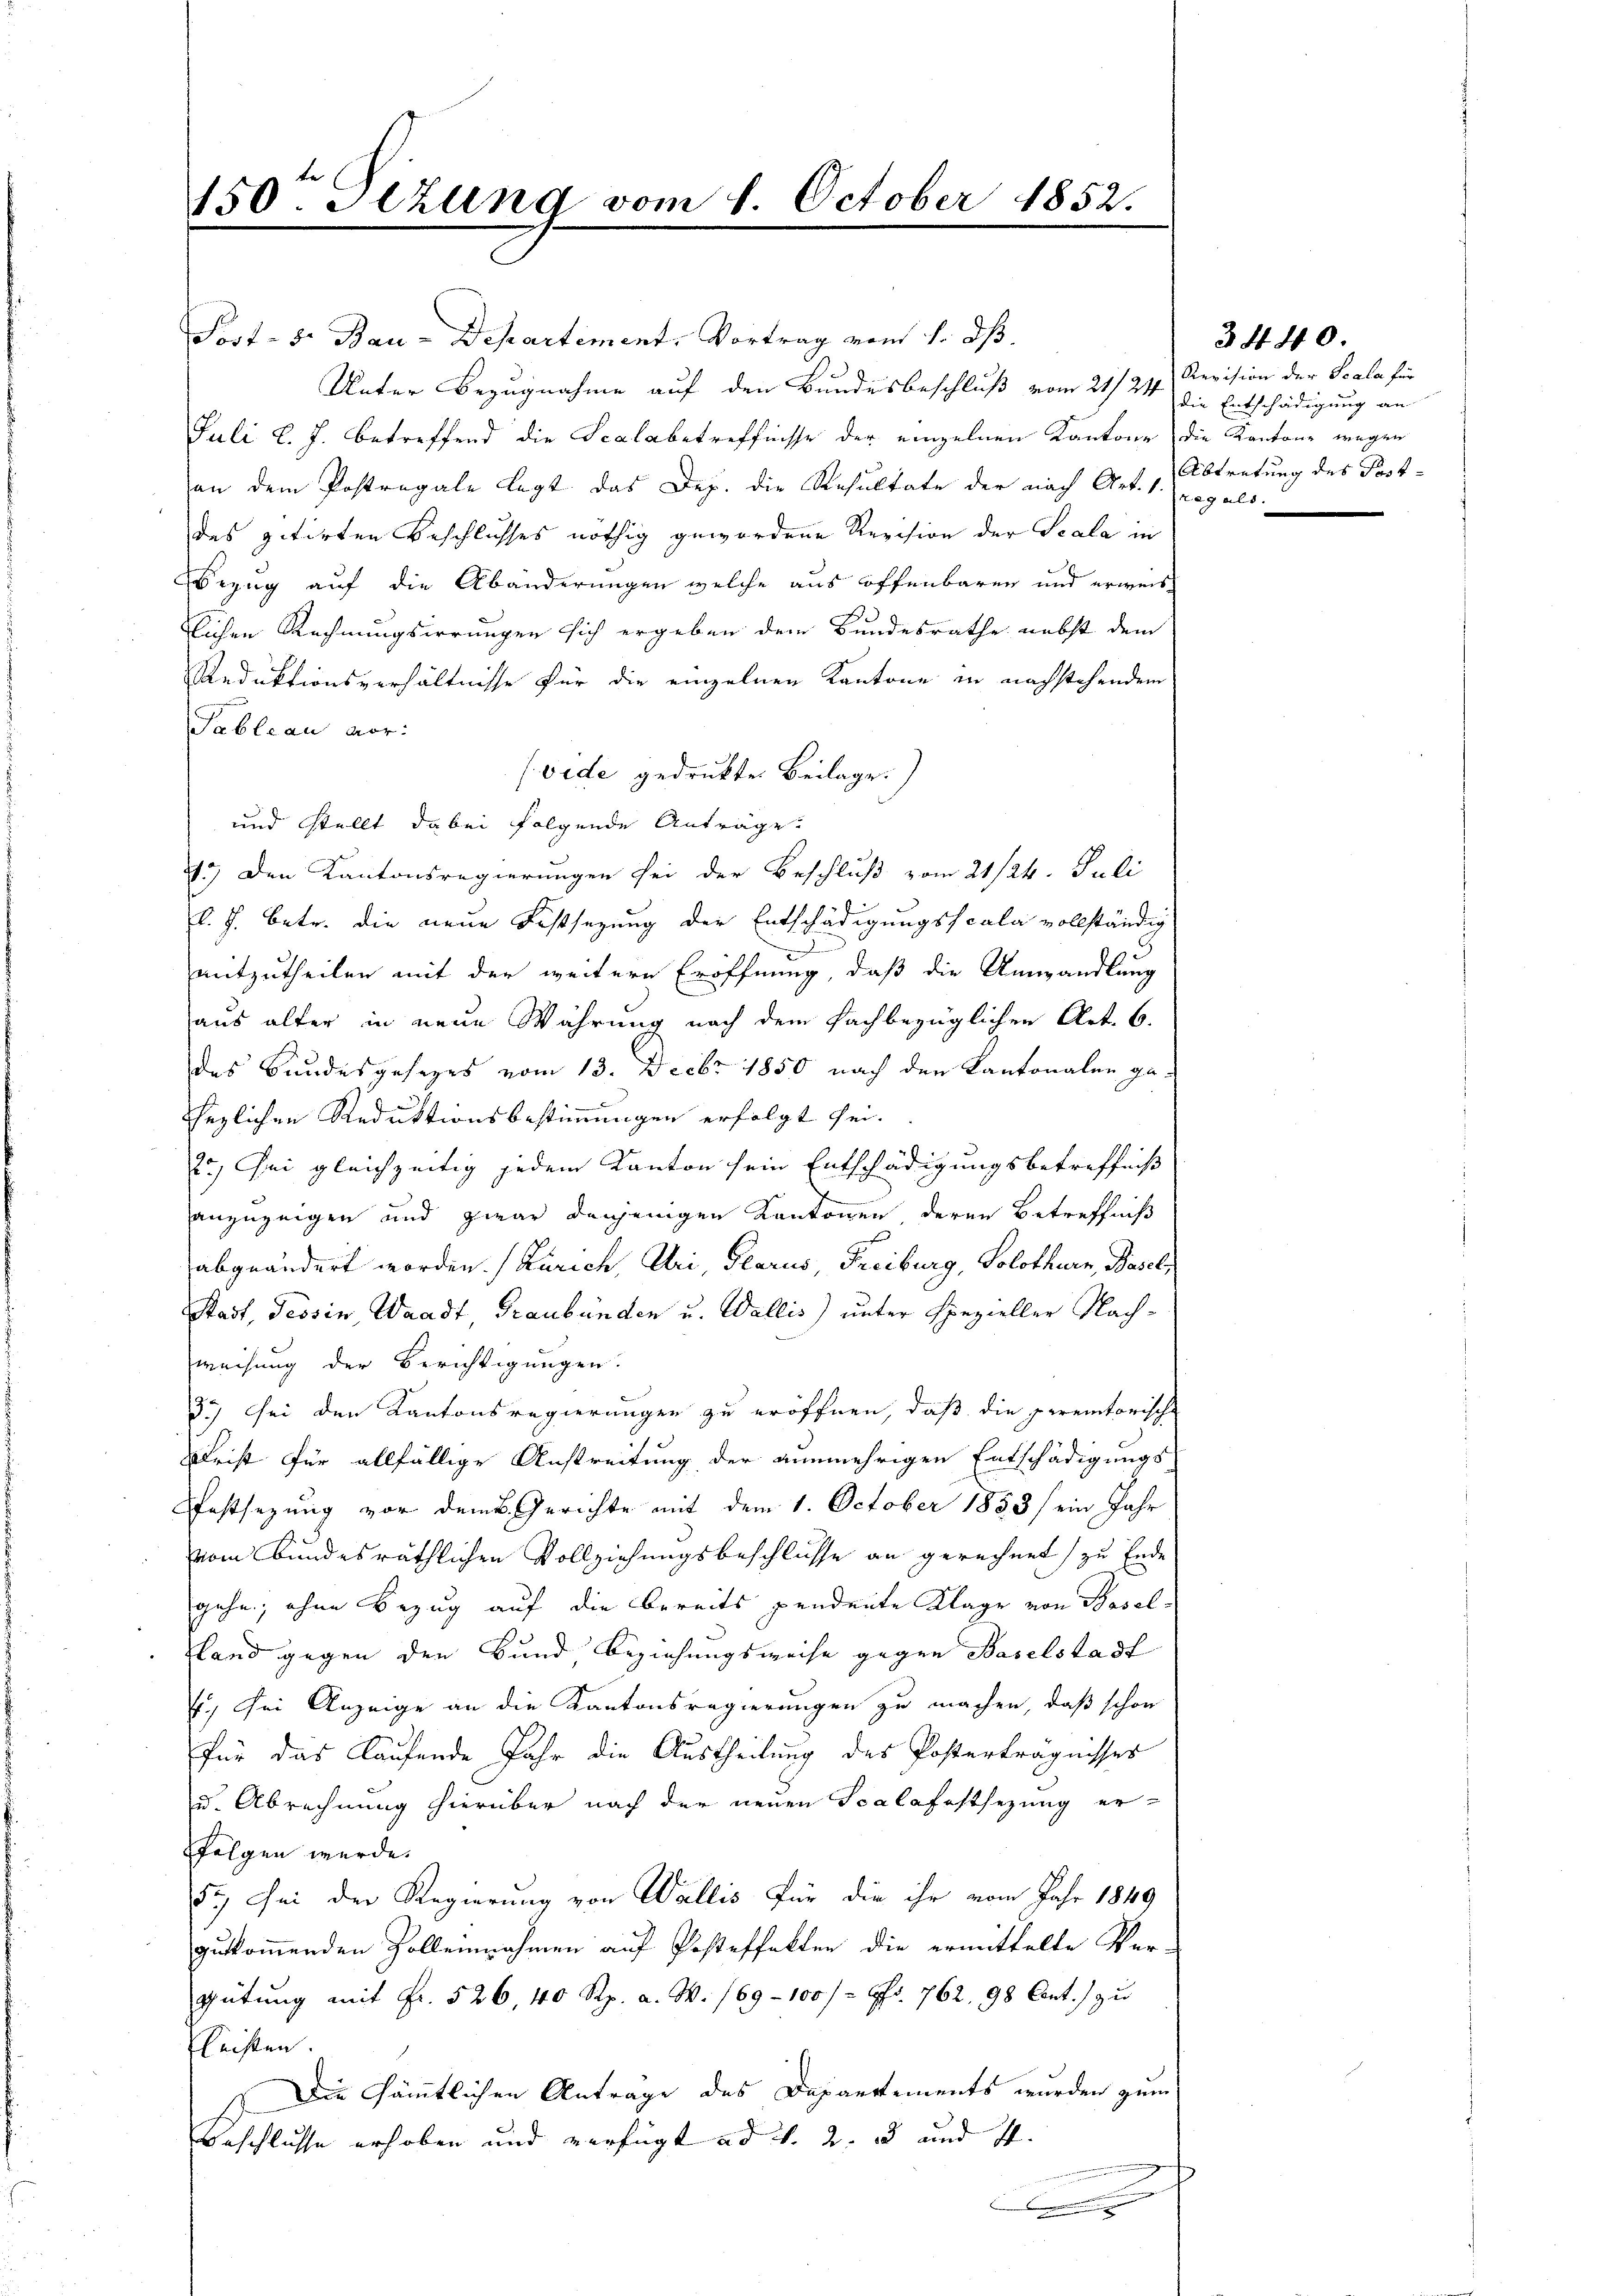
150. Sezung vom 1. October 1852.

Post- 5. Bau-Departement. Vortrag von 1. dß.
Unter Bezugnahme auf den Bundesbeschluß vom 21/24
Juli l. J. betreffend die Scalabetreffnisse der einzelnen Kantone die Kantone wegen
an dem Postregale legt das Dep. die Resultate der nach Art.
des zitirten Beschlusses nöthig gewordene Revision der Scala in
Bezug auf die Abänderungen welche aus öffenbaren und erweis
lichen Rechnungsirrungen sich ergeben dem Bundesrathe nebst dem
Reduktionsverhältnisse für die einzelnen Kantone in nachstehendem
Tableau vor:
(vide gedruktes Beilage.)
und stellt dabei folgende Anträge.
1.) Den Kantonsregierungen sei der Beschluß vom 21/24. Juli
l. J. betr. die neue Festsezung der Entschädigungsscala vollständig
mitzutheilen mit der weiteren Eröffnung, daß die Umwandlung
aus alter in neue Währung nach dem fachbezüglichen Art. 6.
des Bundesgesezes vom 13. Decbr 1850 nach den Kantonalen gehezlichen Reduktionsbestimmungen erfolgt sei.
2.) Gei gleichzeitig jedem Kanton sein Entschädigungsbetreffniß
anzuzeigen und zwar denjenigen Kantonen deren Betreffniß
abgeändert worden. (Zürich, Uri, Glarus, Freiburg, Solothurn, Basel,
Stadt, Tessin, Waadt, Graubünden u. Wallis) unter spezieller Nachweisung der Berichtigungen.
35) Sei den Kantonsregierungen zu eröffnen, daß die peremtorische
Drist für allfällige Anstreitung der nunmehrigen Entschädigungs-
Pfestsezung vor dem Gerichte mit dem 1. October 1853 sein Jahr
vom bundesräthlichen Vollziehungsbeschlüsse an gerechnet zu Ende
gehe, ohne Bezug auf die bereits pendente Klage von Basel-
land gegen den Bund Beziehungsweise gegen Baselstadt
4.) Sei Anzeige an die Kantonsregierungen zu machen, daß schon
für das laufende Jahr die Austheilung des Posterträgnisses
u. Abrechnung hierüber nach der neuen Scalafestsezung er-
folgen werde.
52. Sei der Regierung von Wallis für die ihr vom Jahr 1849
zukommenden Zolleinnahmen auf Posteffalten die ermittelte Ver-
Gütung mit Fr. 526, 40 Rp. a. W. 169 - 100 / = 9fr. 762. 98 Cant.) zu
leisten
Die sämmtlichen Anträge des Departements wurden zum
Beschlusse erhoben und verfügt ad 1. 2. 3 und 11.
.

Revision der Scala für
die Entschädigung an
Abtretung des Postregals.

3440.